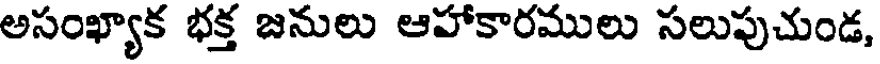
అసంఖ్యాక భక్త జనులు ఆహాకారములు సలుపుచుండ,